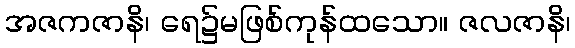
အဇကဇာနိ၊ ရေ၌မဖြစ်ကုန်ထသော။ ဇလဇာနိ၊